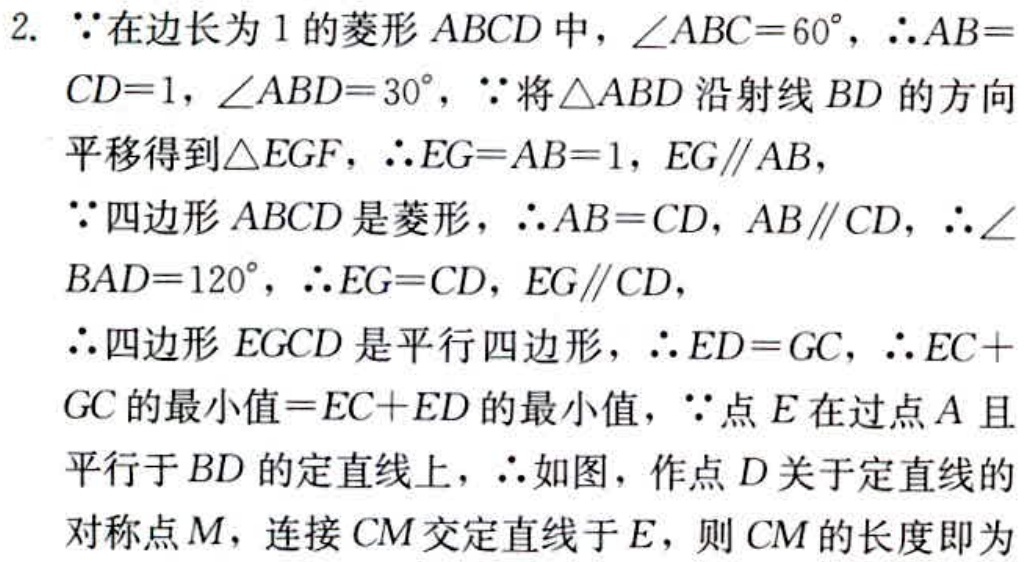
2. $\because$在边长为$1$的菱形$ABCD$中，$\angle ABC = 60^{\circ}$，$\therefore AB = CD = 1$，$\angle ABD = 30^{\circ}$，$\because$将$\triangle ABD$沿射线$BD$的方向平移得到$\triangle EGF$，$\therefore EG = AB = 1$，$EG\parallel AB$，
$\because$四边形$ABCD$是菱形，$\therefore AB = CD$，$AB\parallel CD$，$\therefore \angle BAD = 120^{\circ}$，$\therefore EG = CD$，$EG\parallel CD$，
$\therefore$四边形$EGCD$是平行四边形，$\therefore ED = GC$，$\therefore EC + GC$的最小值$= EC + ED$的最小值，$\because$点$E$在过点$A$且平行于$BD$的定直线上，$\therefore$如图，作点$D$关于定直线的对称点$M$，连接$CM$交定直线于$E$，则$CM$的长度即为